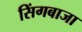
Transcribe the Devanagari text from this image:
सिंगबाजा